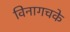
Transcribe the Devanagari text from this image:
विनागचके